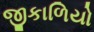
જીકાળિયો